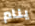
ينام